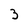
Character: 3